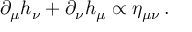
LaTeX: \partial _ { \mu } h _ { \nu } + \partial _ { \nu } h _ { \mu } \propto \eta _ { \mu \nu } \, .